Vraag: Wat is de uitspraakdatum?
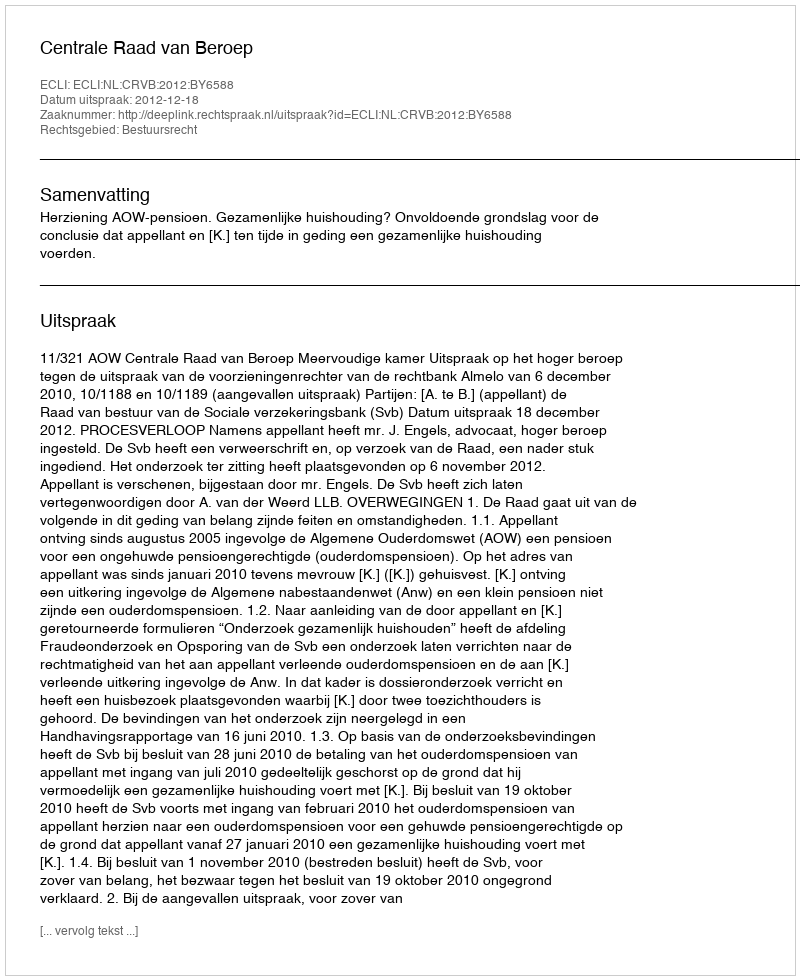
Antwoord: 2012-12-18